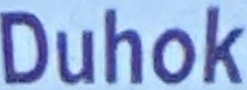
Duhok